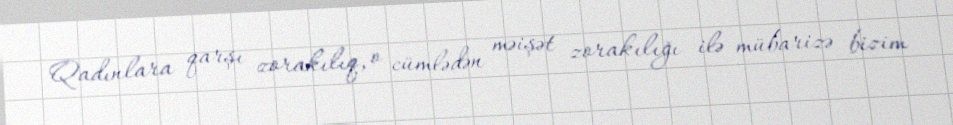
Qadınlara qarşı zorakılıq, o cümlədən məişət zorakılığı ilə mübarizə bizim